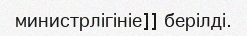
министрлігініе]] берілді.